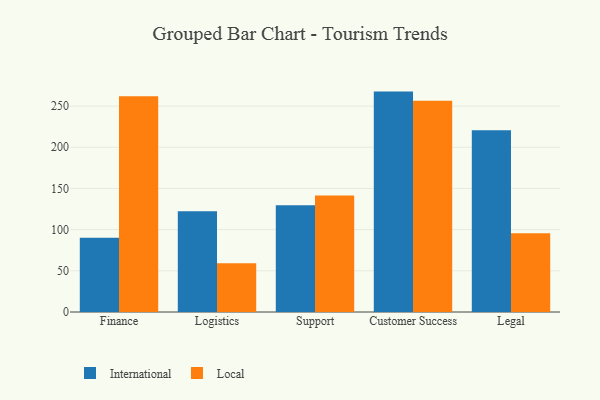
{"axis": {"x": "Department", "y": "Shipments"}, "legend": ["International", "Local"], "data": [{"x": "Finance", "y": 90.3, "type": "International"}, {"x": "Finance", "y": 262.0, "type": "Local"}, {"x": "Logistics", "y": 122.2, "type": "International"}, {"x": "Logistics", "y": 59.1, "type": "Local"}, {"x": "Support", "y": 129.7, "type": "International"}, {"x": "Support", "y": 141.6, "type": "Local"}, {"x": "Customer Success", "y": 267.6, "type": "International"}, {"x": "Customer Success", "y": 256.6, "type": "Local"}, {"x": "Legal", "y": 220.7, "type": "International"}, {"x": "Legal", "y": 95.5, "type": "Local"}]}